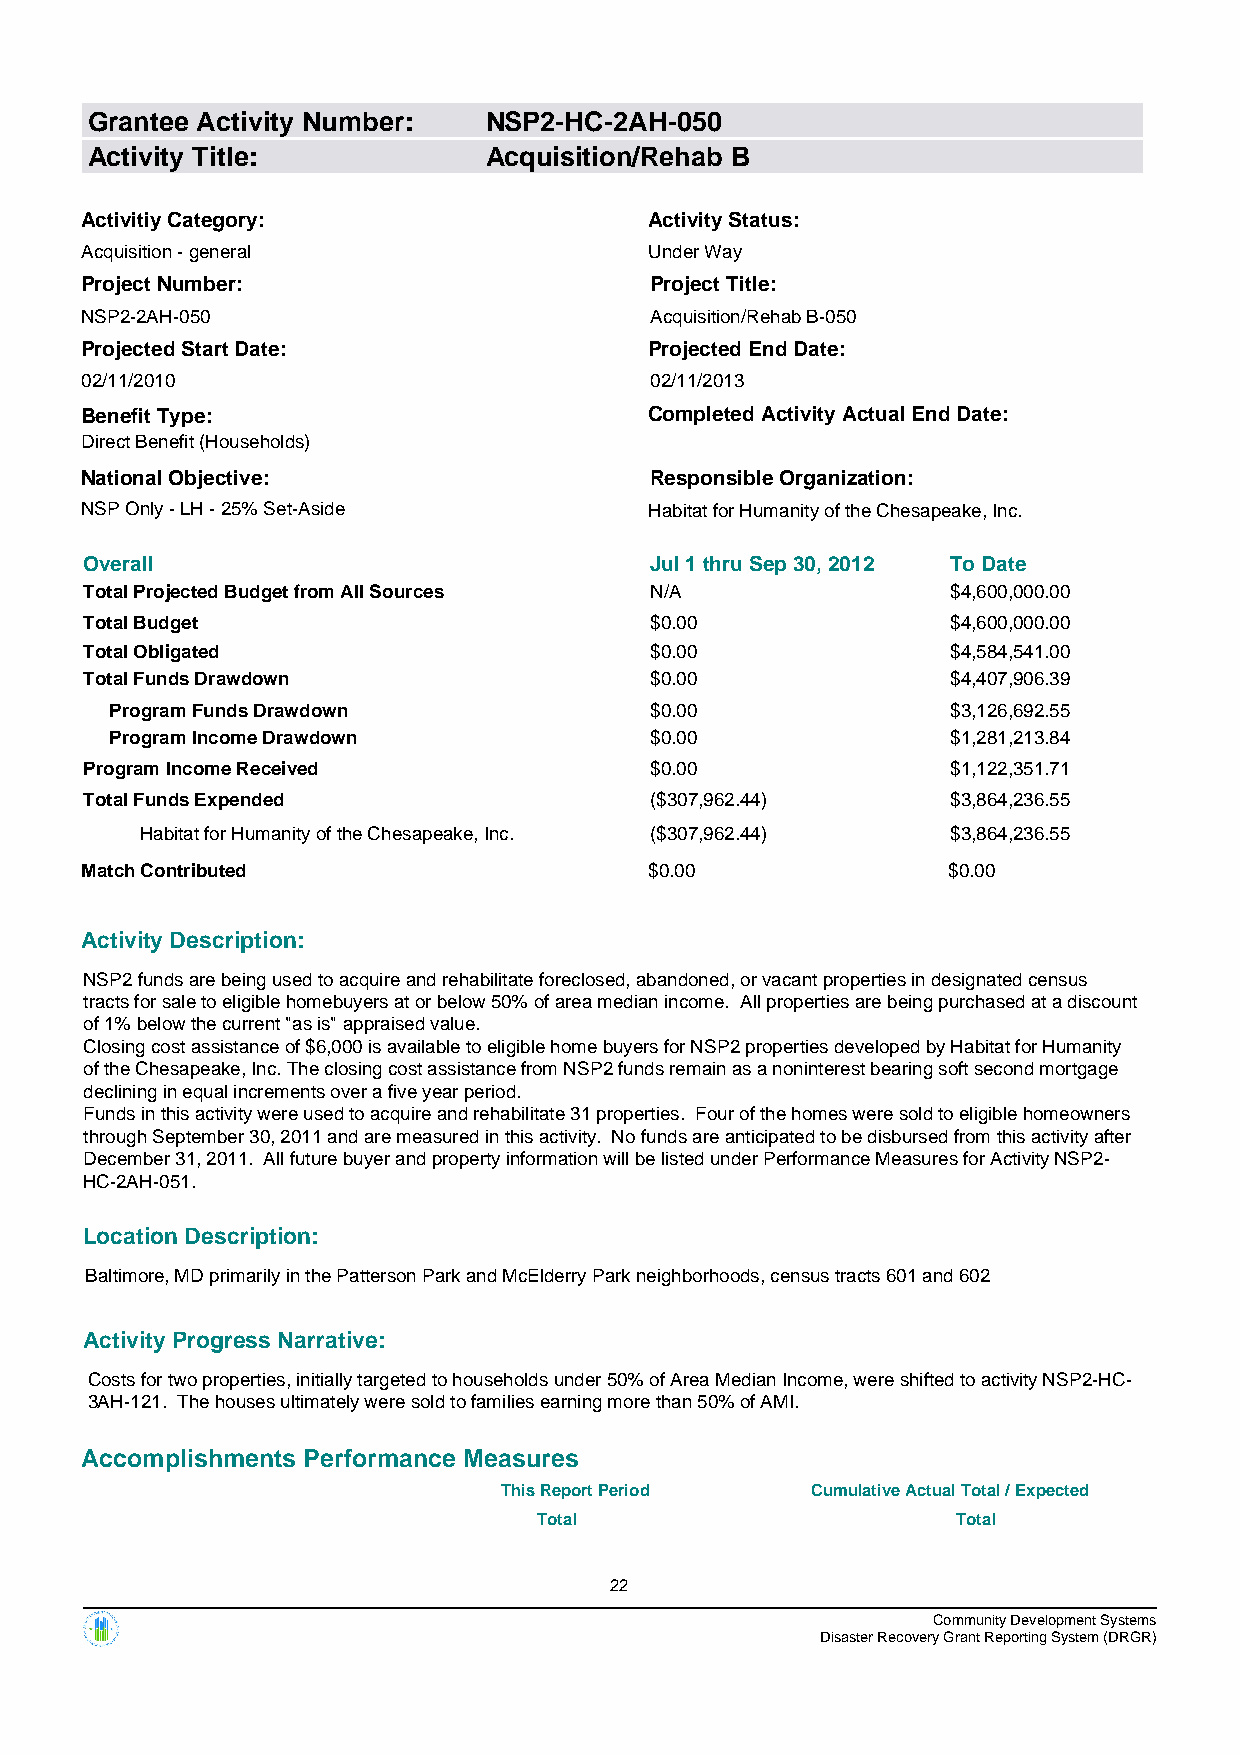
Grantee Activity Number:  NSP2-HC-2AH-050
 Activity Title:           Acquisition/Rehab B
 Activitiy Category:                   Activity Status:
 Acquisition - general                 Under Way
 Project Number:                       Project Title:
 NSP2-2AH-050                          Acquisition/Rehab B-050
 Projected Start Date:                 Projected End Date:
 02/11/2010                            02/11/2013
 Benefit Type:                         Completed Activity Actual End Date:
 Direct Benefit (Households)
 National Objective:                   Responsible Organization:
 NSP Only - LH - 25% Set-Aside         Habitat for Humanity of the Chesapeake, Inc.
 Overall                              Jul 1 thru Sep 30, 2012 To Date
 Total Projected Budget from All Sources N/A              $4,600,000.00
 Total Budget                         $0.00               $4,600,000.00
 Total Obligated                      $0.00               $4,584,541.00
 Total Funds Drawdown                 $0.00               $4,407,906.39
 Program Funds Drawdown              $0.00               $3,126,692.55
 Program Income Drawdown             $0.00               $1,281,213.84
 Program Income Received              $0.00               $1,122,351.71
 Total Funds Expended                 ($307,962.44)       $3,864,236.55
 Habitat for Humanity of the Chesapeake, Inc. ($307,962.44) $3,864,236.55
 Match Contributed                     $0.00               $0.00
 Activity Description:
 NSP2 funds are being used to acquire and rehabilitate foreclosed, abandoned, or vacant properties in designated census
 tracts for sale to eligible homebuyers at or below 50% of area median income. All properties are being purchased at a discount
 of 1% below the current "as is" appraised value.
 Closing cost assistance of $6,000 is available to eligible home buyers for NSP2 properties developed by Habitat for Humanity
 of the Chesapeake, Inc. The closing cost assistance from NSP2 funds remain as a noninterest bearing soft second mortgage
 declining in equal increments over a five year period.
 Funds in this activity were used to acquire and rehabilitate 31 properties. Four of the homes were sold to eligible homeowners
 through September 30, 2011 and are measured in this activity. No funds are anticipated to be disbursed from this activity after
 December 31, 2011. All future buyer and property information will be listed under Performance Measures for Activity NSP2-
 HC-2AH-051.
 Location Description:
 Baltimore, MD primarily in the Patterson Park and McElderry Park neighborhoods, census tracts 601 and 602
 Activity Progress Narrative:
 Costs for two properties, initially targeted to households under 50% of Area Median Income, were shifted to activity NSP2-HC-
 3AH-121. The houses ultimately were sold to families earning more than 50% of AMI.
 Accomplishments Performance Measures
 This Report Period   Cumulative Actual Total / Expected
 Total                      Total
 22
 Community Development Systems
 Disaster Recovery Grant Reporting System (DRGR)